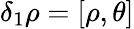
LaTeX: \delta_{1}\rho=[\rho,\theta]